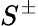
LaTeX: S^{\pm}